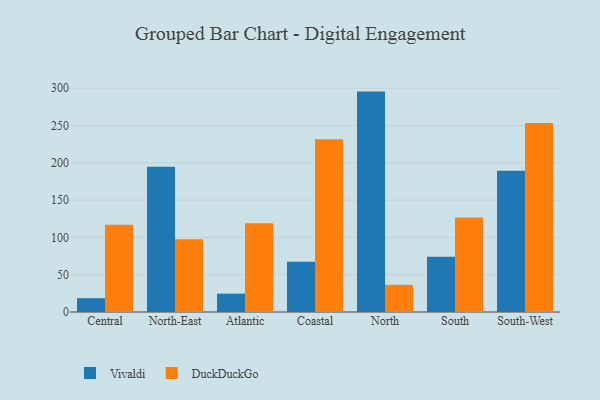
{"axis": {"x": "Region", "y": "LTV (USD)"}, "legend": ["DuckDuckGo", "Vivaldi"], "data": [{"x": "Central", "y": 18.5, "type": "Vivaldi"}, {"x": "Central", "y": 116.9, "type": "DuckDuckGo"}, {"x": "North-East", "y": 194.7, "type": "Vivaldi"}, {"x": "North-East", "y": 97.4, "type": "DuckDuckGo"}, {"x": "Atlantic", "y": 24.6, "type": "Vivaldi"}, {"x": "Atlantic", "y": 118.8, "type": "DuckDuckGo"}, {"x": "Coastal", "y": 67.3, "type": "Vivaldi"}, {"x": "Coastal", "y": 231.7, "type": "DuckDuckGo"}, {"x": "North", "y": 295.4, "type": "Vivaldi"}, {"x": "North", "y": 36.4, "type": "DuckDuckGo"}, {"x": "South", "y": 74.2, "type": "Vivaldi"}, {"x": "South", "y": 126.6, "type": "DuckDuckGo"}, {"x": "South-West", "y": 189.3, "type": "Vivaldi"}, {"x": "South-West", "y": 253.2, "type": "DuckDuckGo"}]}